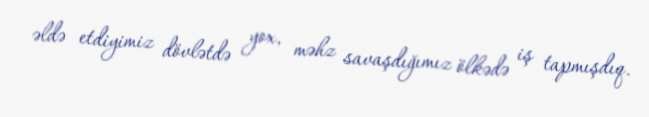
əldə etdiyimiz dövlətdə yox, məhz savaşdığımız ölkədə iş tapmışdıq.